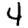
Digit: 4